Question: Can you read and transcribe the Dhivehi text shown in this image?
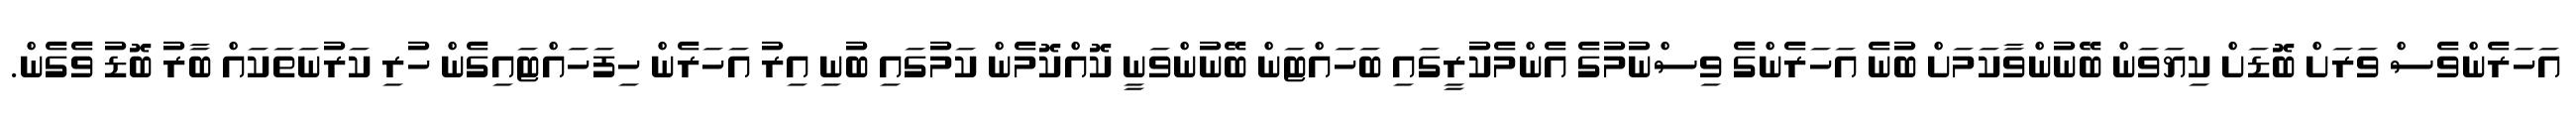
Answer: އަހަރެންވެސް ވަރަށް ބޮޑަށް ކިޔަވަން ބޭނުންވާކަމަށް ބުނެ އަހަރެންގެ ވިސްނުމުގެ އެންމެކުރީގައި ބަހައްޓަން ބޭނުންވަނީ ކޮއްކޮމެން ކަމުގައި ބުނި އިރު އަހަރެން ހިފަހައްޓައިގެން ހުރި ކަރުނަތަކައް ބާރު ބޮޑު ވެގެން.